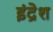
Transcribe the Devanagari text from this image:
इंद्रेश